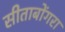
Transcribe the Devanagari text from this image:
सीताबोंगरा